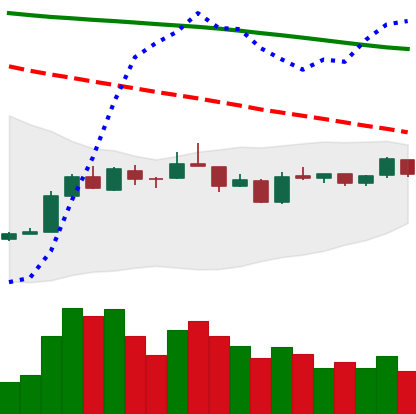
Ticker: EOS-USD
Chart end date: 2019-01-03
Forward return: 4.333%
Label: up_3_5